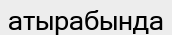
атырабында